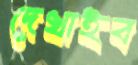
দেখাইব